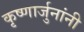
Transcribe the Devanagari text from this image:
कृष्णार्जुनांनी